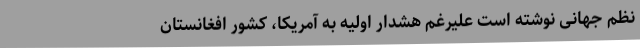
نظم جهانی نوشته است علیرغم هشدار اولیه به آمریکا، کشور افغانستان